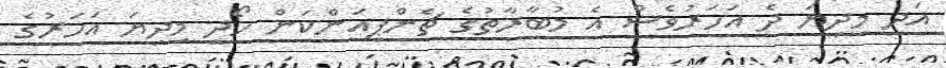
އަދި މިދިޔަ ދެ އަހަރުވެސް އެ މުބާރާތުގެ ޗެންޕިއަންކަން ހޯދީ މިދިޔަ އަހަރުގެ